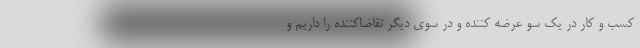
کسب و کار در یک سو عرضه کننده و در سوی دیگر تقاضاکننده را داریم و